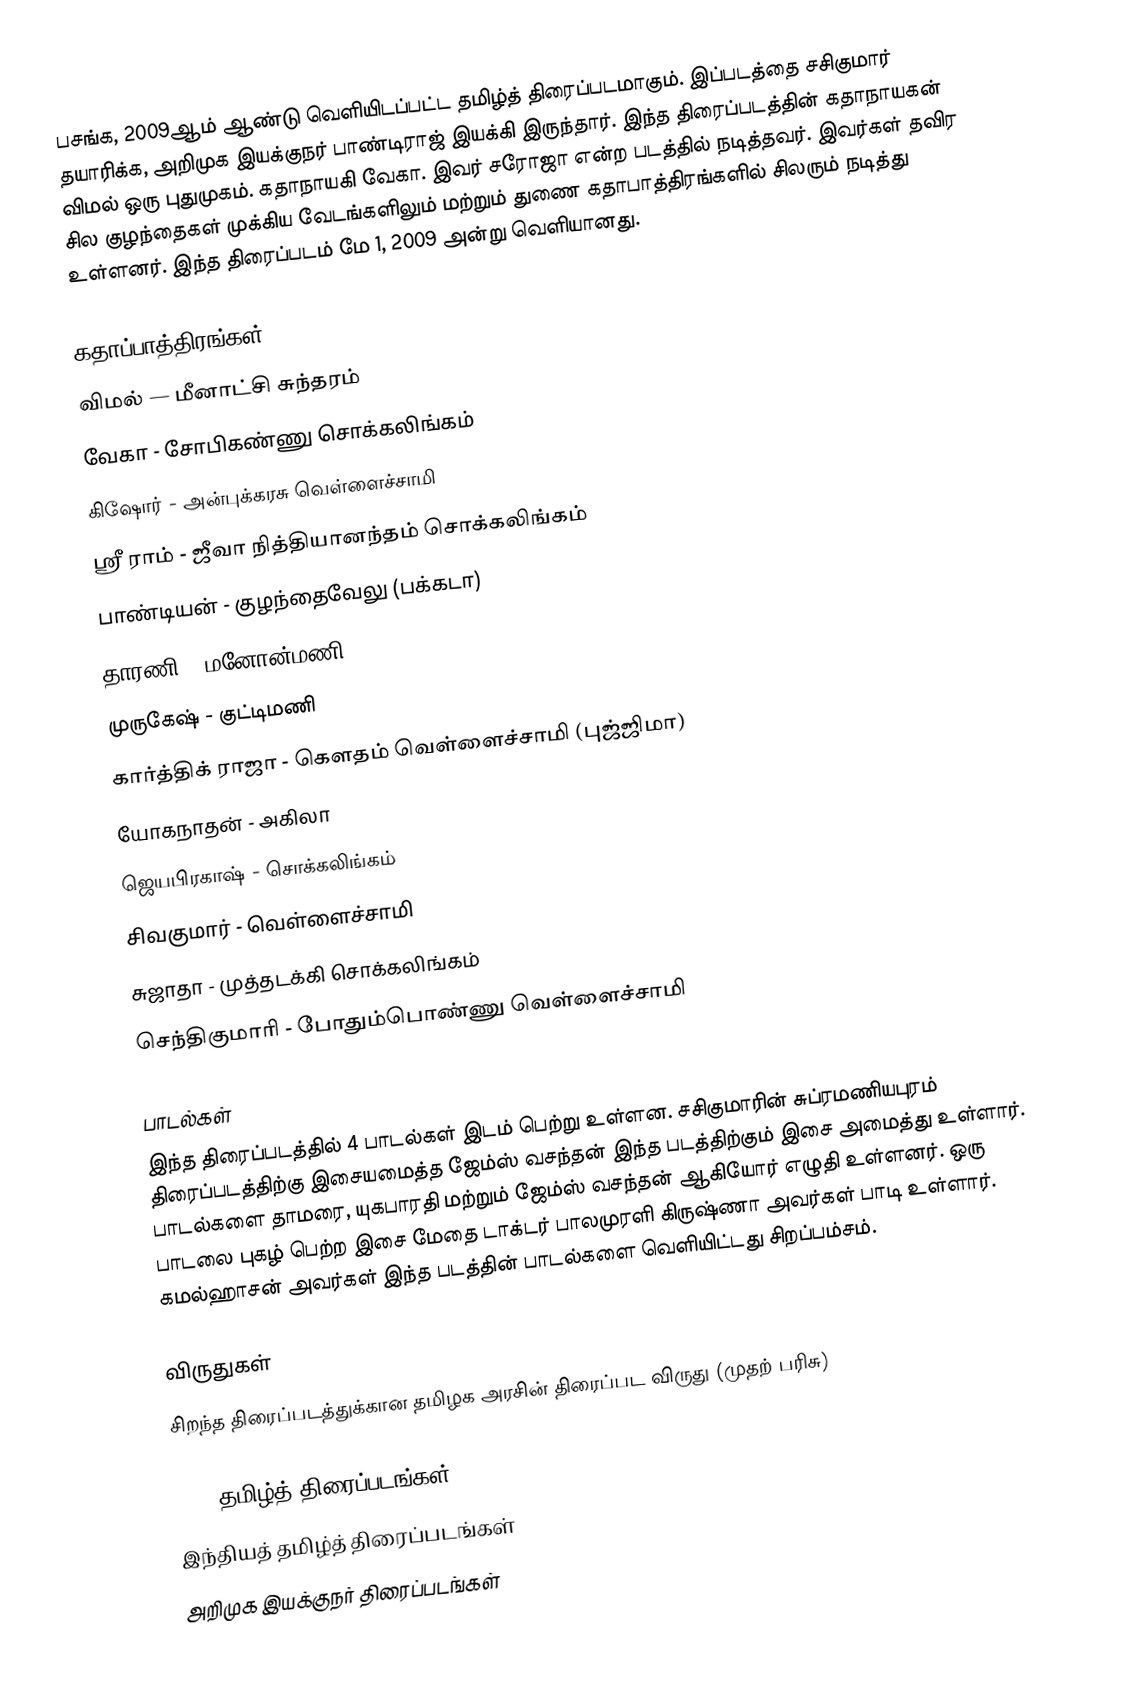
பசங்க, 2009ஆம் ஆண்டு வெளியிடப்பட்ட தமிழ்த் திரைப்படமாகும். இப்படத்தை சசிகுமார் தயாரிக்க, அறிமுக இயக்குநர் பாண்டிராஜ் இயக்கி இருந்தார். இந்த திரைப்படத்தின் கதாநாயகன் விமல் ஒரு புதுமுகம். கதாநாயகி வேகா. இவர் சரோஜா என்ற படத்தில் நடித்தவர். இவர்கள் தவிர சில குழந்தைகள் முக்கிய வேடங்களிலும் மற்றும் துணை கதாபாத்திரங்களில் சிலரும் நடித்து உள்ளனர். இந்த திரைப்படம் மே 1, 2009 அன்று வெளியானது.

கதாப்பாத்திரங்கள்
 விமல் — மீனாட்சி சுந்தரம்
 வேகா - சோபிகண்ணு சொக்கலிங்கம்
 கிஷோர் - அன்புக்கரசு வெள்ளைச்சாமி
 ஸ்ரீ ராம் - ஜீவா நித்தியானந்தம் சொக்கலிங்கம்
 பாண்டியன் - குழந்தைவேலு (பக்கடா)
 தாரணி - மனோன்மணி
 முருகேஷ் - குட்டிமணி
 கார்த்திக் ராஜா - கௌதம் வெள்ளைச்சாமி (புஜ்ஜிமா)
 யோகநாதன் - அகிலா
 ஜெயபிரகாஷ் - சொக்கலிங்கம்
 சிவகுமார் - வெள்ளைச்சாமி
 சுஜாதா - முத்தடக்கி சொக்கலிங்கம்
 செந்திகுமாரி - போதும்பொண்ணு வெள்ளைச்சாமி

பாடல்கள்
இந்த திரைப்படத்தில் 4 பாடல்கள் இடம் பெற்று உள்ளன. சசிகுமாரின் சுப்ரமணியபுரம் திரைப்படத்திற்கு இசையமைத்த ஜேம்ஸ் வசந்தன் இந்த படத்திற்கும் இசை அமைத்து உள்ளார். பாடல்களை தாமரை, யுகபாரதி மற்றும் ஜேம்ஸ் வசந்தன் ஆகியோர் எழுதி உள்ளனர். ஒரு பாடலை புகழ் பெற்ற இசை மேதை டாக்டர் பாலமுரளி கிருஷ்ணா அவர்கள் பாடி உள்ளார். கமல்ஹாசன் அவர்கள் இந்த படத்தின் பாடல்களை வெளியிட்டது சிறப்பம்சம்.

விருதுகள்
 சிறந்த திரைப்படத்துக்கான தமிழக அரசின் திரைப்பட விருது (முதற் பரிசு)

2009 தமிழ்த் திரைப்படங்கள்
இந்தியத் தமிழ்த் திரைப்படங்கள்
அறிமுக இயக்குநர் திரைப்படங்கள்